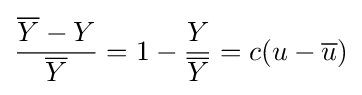
{\frac {{\overline {Y}}-Y}{\overline {Y}}}=1-{\frac {Y}{\overline {Y}}}=c(u-{\overline {u}})